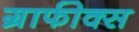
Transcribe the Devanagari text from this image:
ग्राफीक्स